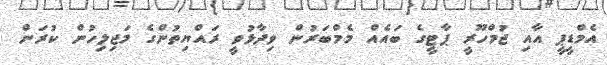
އެމްޑީޕީ އާއި ޖުމްހޫރީ ޕާޓީގެ ބައެއް މެމްބަރުން ވިދާޅުވީ ރައްޔިތުންގެ މަޖިލިހުން ކުރަން